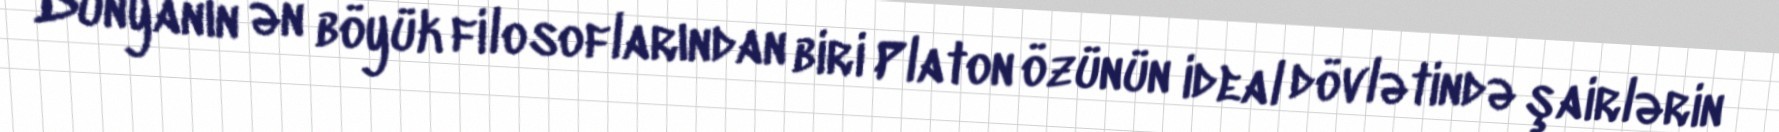
Dünyanın ən böyük filosoflarından biri Platon özünün ideal dövlətində şairlərin